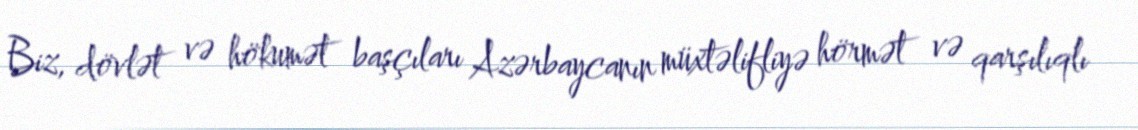
Biz, dövlət və hökumət başçıları Azərbaycanın müxtəlifliyə hörmət və qarşılıqlı